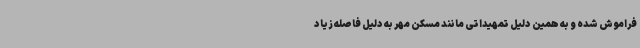
فراموش شده و به همین دلیل تمهیداتی مانند مسکن مهر به دلیل فاصله زیاد